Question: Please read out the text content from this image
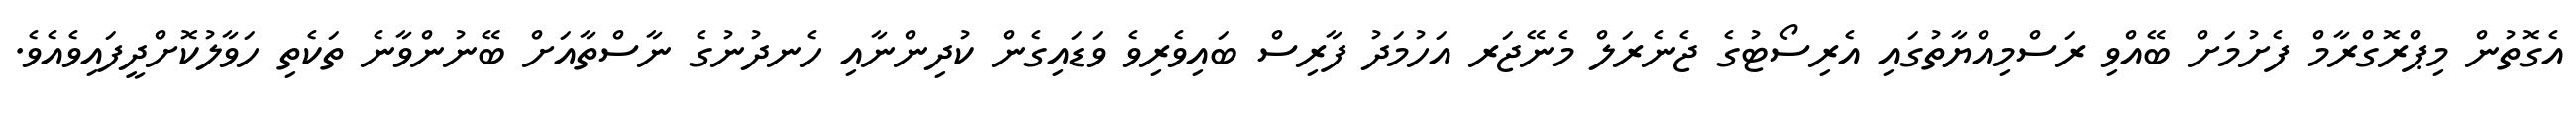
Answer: އެގޮތުން މިޕްރޮގްރާމް ފެށުމަށް ބޭއްވި ރަސްމިއްޔާތުގައި އެރިސޯޓުގެ ޖެނެރަލް މެނޭޖަރ އަހުމަދު ފާރިސް ބައިވެރިވެ ވަޑައިގެން ކުދިންނާއި ހެނދުނުގެ ނާސްތާއަށް ބޭނުންވާނެ ތަކެތި ހަވާލުކޮށްދީފައިވެއެވެ.